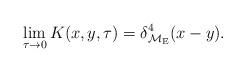
LaTeX: \begin{align*}\lim_{\tau\to 0} K(x,y,\tau) = \delta^4_{{\cal M}_{\rm E}}(x-y).\end{align*}